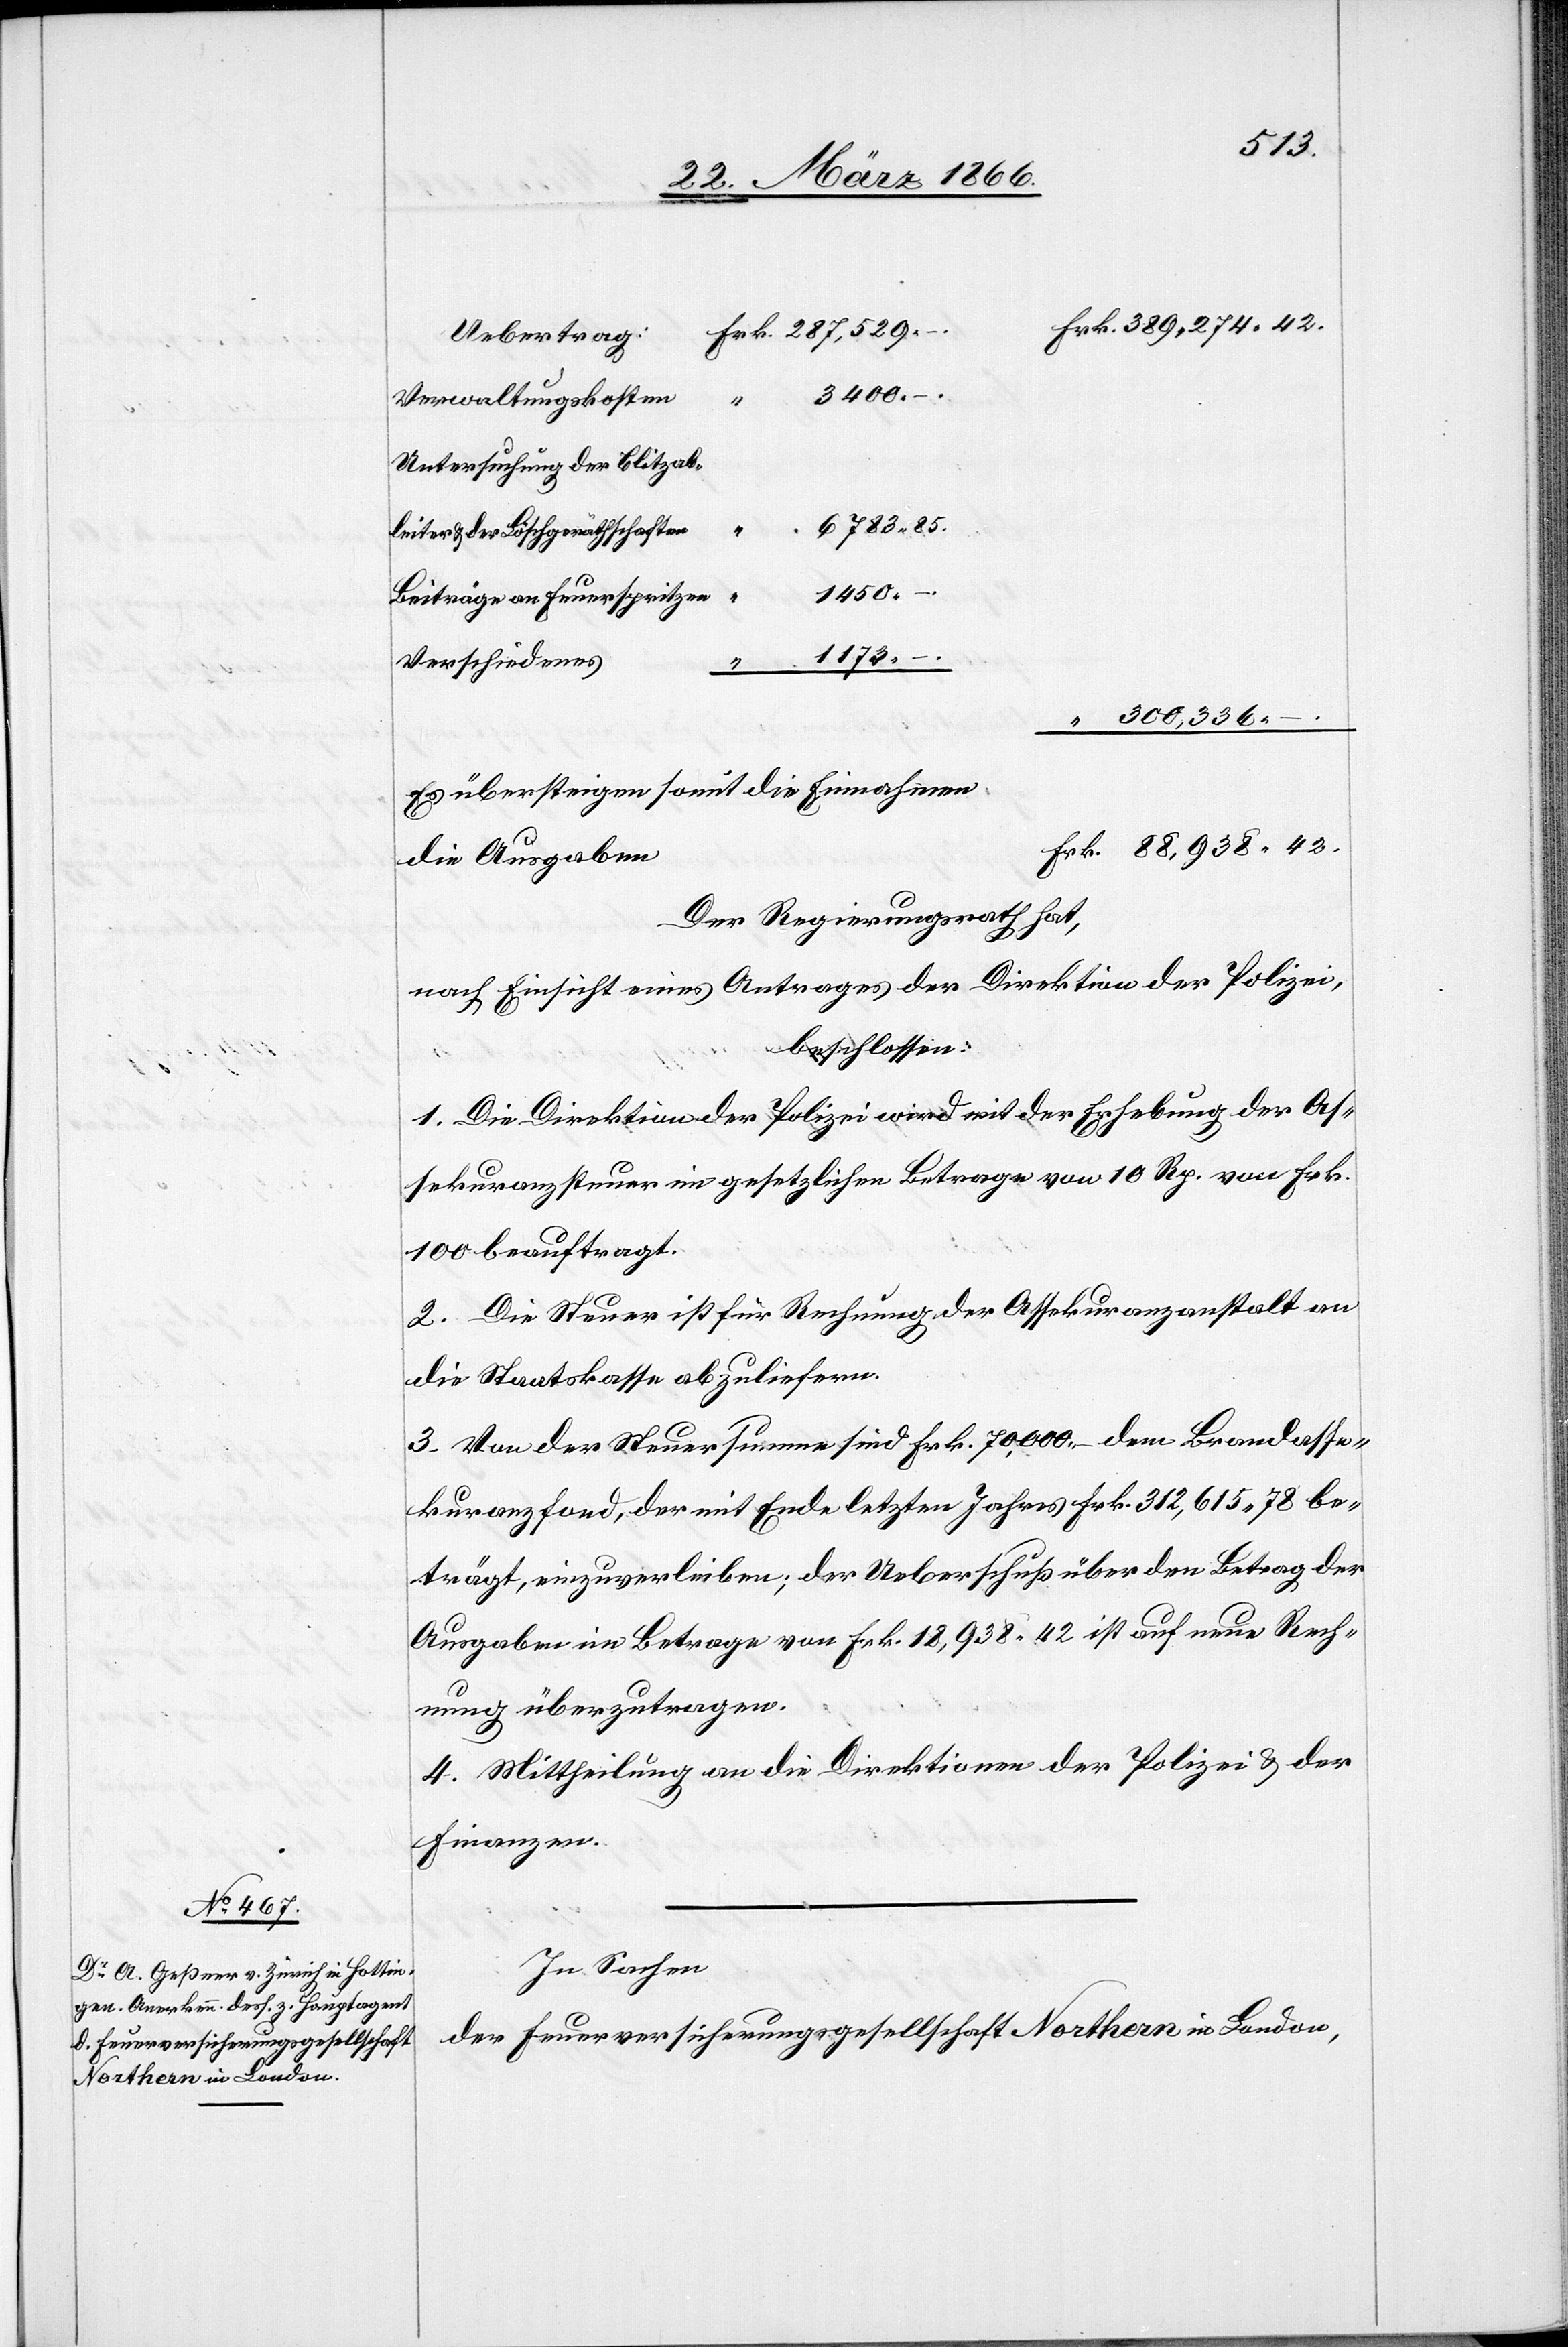
Verwaltungskosten:
Untersuchung der Blitzab¬
6783,85.
leiter u. der Löschgerätschaften
1450,–.
Beiträge an Feuerspritzen
Verschiedenes
“ 1173,–.
300 336
Es übersteigen somit die Einnahmen
die Ausgaben
Der Regierungsrath hat,
nach Einsicht eines Antrages der Direktion der Polizei,
beschlossen:
1. Die Direktion der Polizei wird mit der Erhebung der As¬
sekuranzsteuer im gesetzlichen Betrage von 10 Rp. von Frk.
100 beauftragt.
2. Die Steuer ist für Rechnung der Assekuranzanstalt an
die Staatskasse abzuliefern.
3. Von der Steuersumme sind Frk. 70 000,– dem Brandasse¬
kuranzfond, der mit Ende letzten Jahres Frk. 312 615,78 be¬
trägt, einzuverleiben; der Ueberschuß über den Betrag der
Ausgaben im Betrage von Frk. 18 938,42 ist auf neue Rech¬
nung überzutragen.
4. Mittheilung an die Direktionen der Polizei u. der
Finanzen.
In Sachen
der Feuerversicherungsgesellschaft Northern in London,